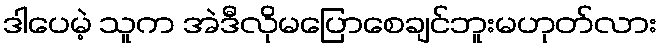
ဒါပေမဲ့ သူက အဲဒီလိုမပြောစေချင်ဘူးမဟုတ်လား